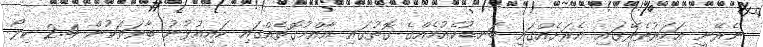
ނެރޭނީ އަހަރުތެރޭގައި އެރަށެއްގައި ބަނޑުކެއުމެއްގެ ގޮތުގައި އާއްމުގޮތެއްގައި ކައިއުޅުނު ބާވަތަކުން 2.4 ކިލޯ